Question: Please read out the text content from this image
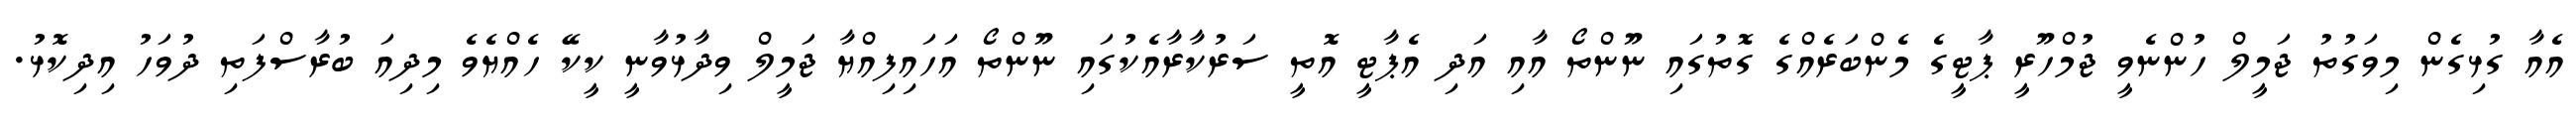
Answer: އެއާ ގުޅިގެން މިވަގުތު ޖަމީލް ހުންނެވީ ޖުމްހޫރީ ޕާޓީގެ މެންބަރެއްގެ ގޮތުގައި ނޫންތޯ އާއި އަދި އެޕާޓީ އޮތީ ސަރުކާރާއެކުގައި ނޫންތޯ އަހައިފިއްޔާ ޖަމީލް ވިދާޅުވާނީ ކީކޭ ހެއްޔެވެ މިދިއަ ބުރާސްފަތި ދުވަހު އިދިކޮޅު.